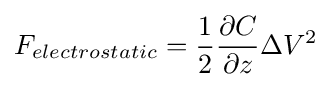
F_{electrostatic}={\frac {1}{2}}{\frac {\partial C}{\partial z}}\Delta V^{2}